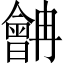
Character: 𱢷